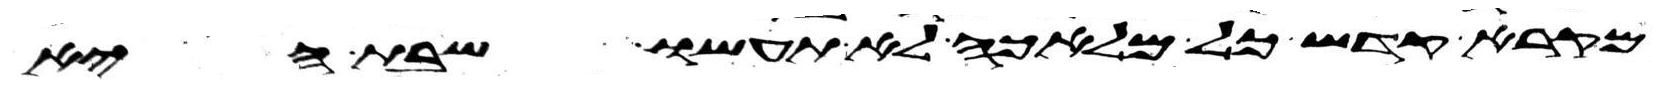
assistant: מקרא קדש כל מלאכה לא תעשו שבת היא